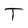
Character: T